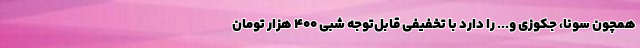
همچون سونا، جکوزی و... را دارد با تخفیفی قابل‌توجه شبی ۴۰۰ هزار تومان